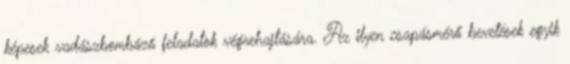
képesek vadászbombázó feladatok végrehajtására. Az ilyen csapásmérő bevetések egyik